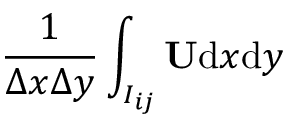
\frac { 1 } { \Delta x \Delta y } \int _ { I _ { i j } } \mathbf { U } \mathrm { d } x \mathrm { d } y